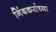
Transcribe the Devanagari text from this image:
निंबकरांच्या